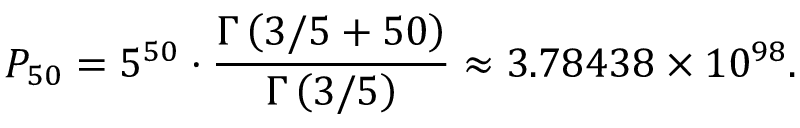
P _ { 5 0 } = 5 ^ { 5 0 } \cdot { \frac { \Gamma \left( 3 / 5 + 5 0 \right) } { \Gamma \left( 3 / 5 \right) } } \approx 3 . 7 8 4 3 8 \times 1 0 ^ { 9 8 } .